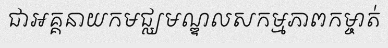
ជាអគ្គនាយកមជ្ឈមណ្ឌលសកម្មភាពកម្ចាត់